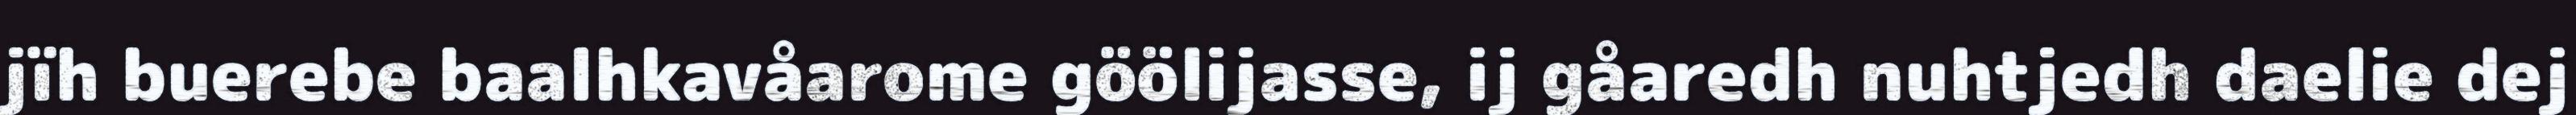
jïh buerebe baalhkavåarome göölijasse, ij gåaredh nuhtjedh daelie dej